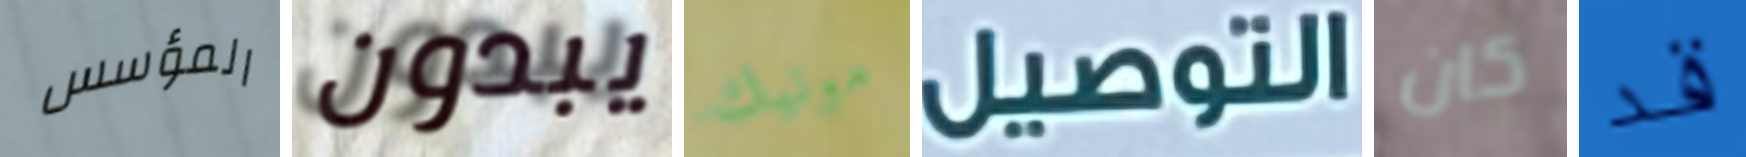
المؤسس يبدون مونيك التوصيل كان قد